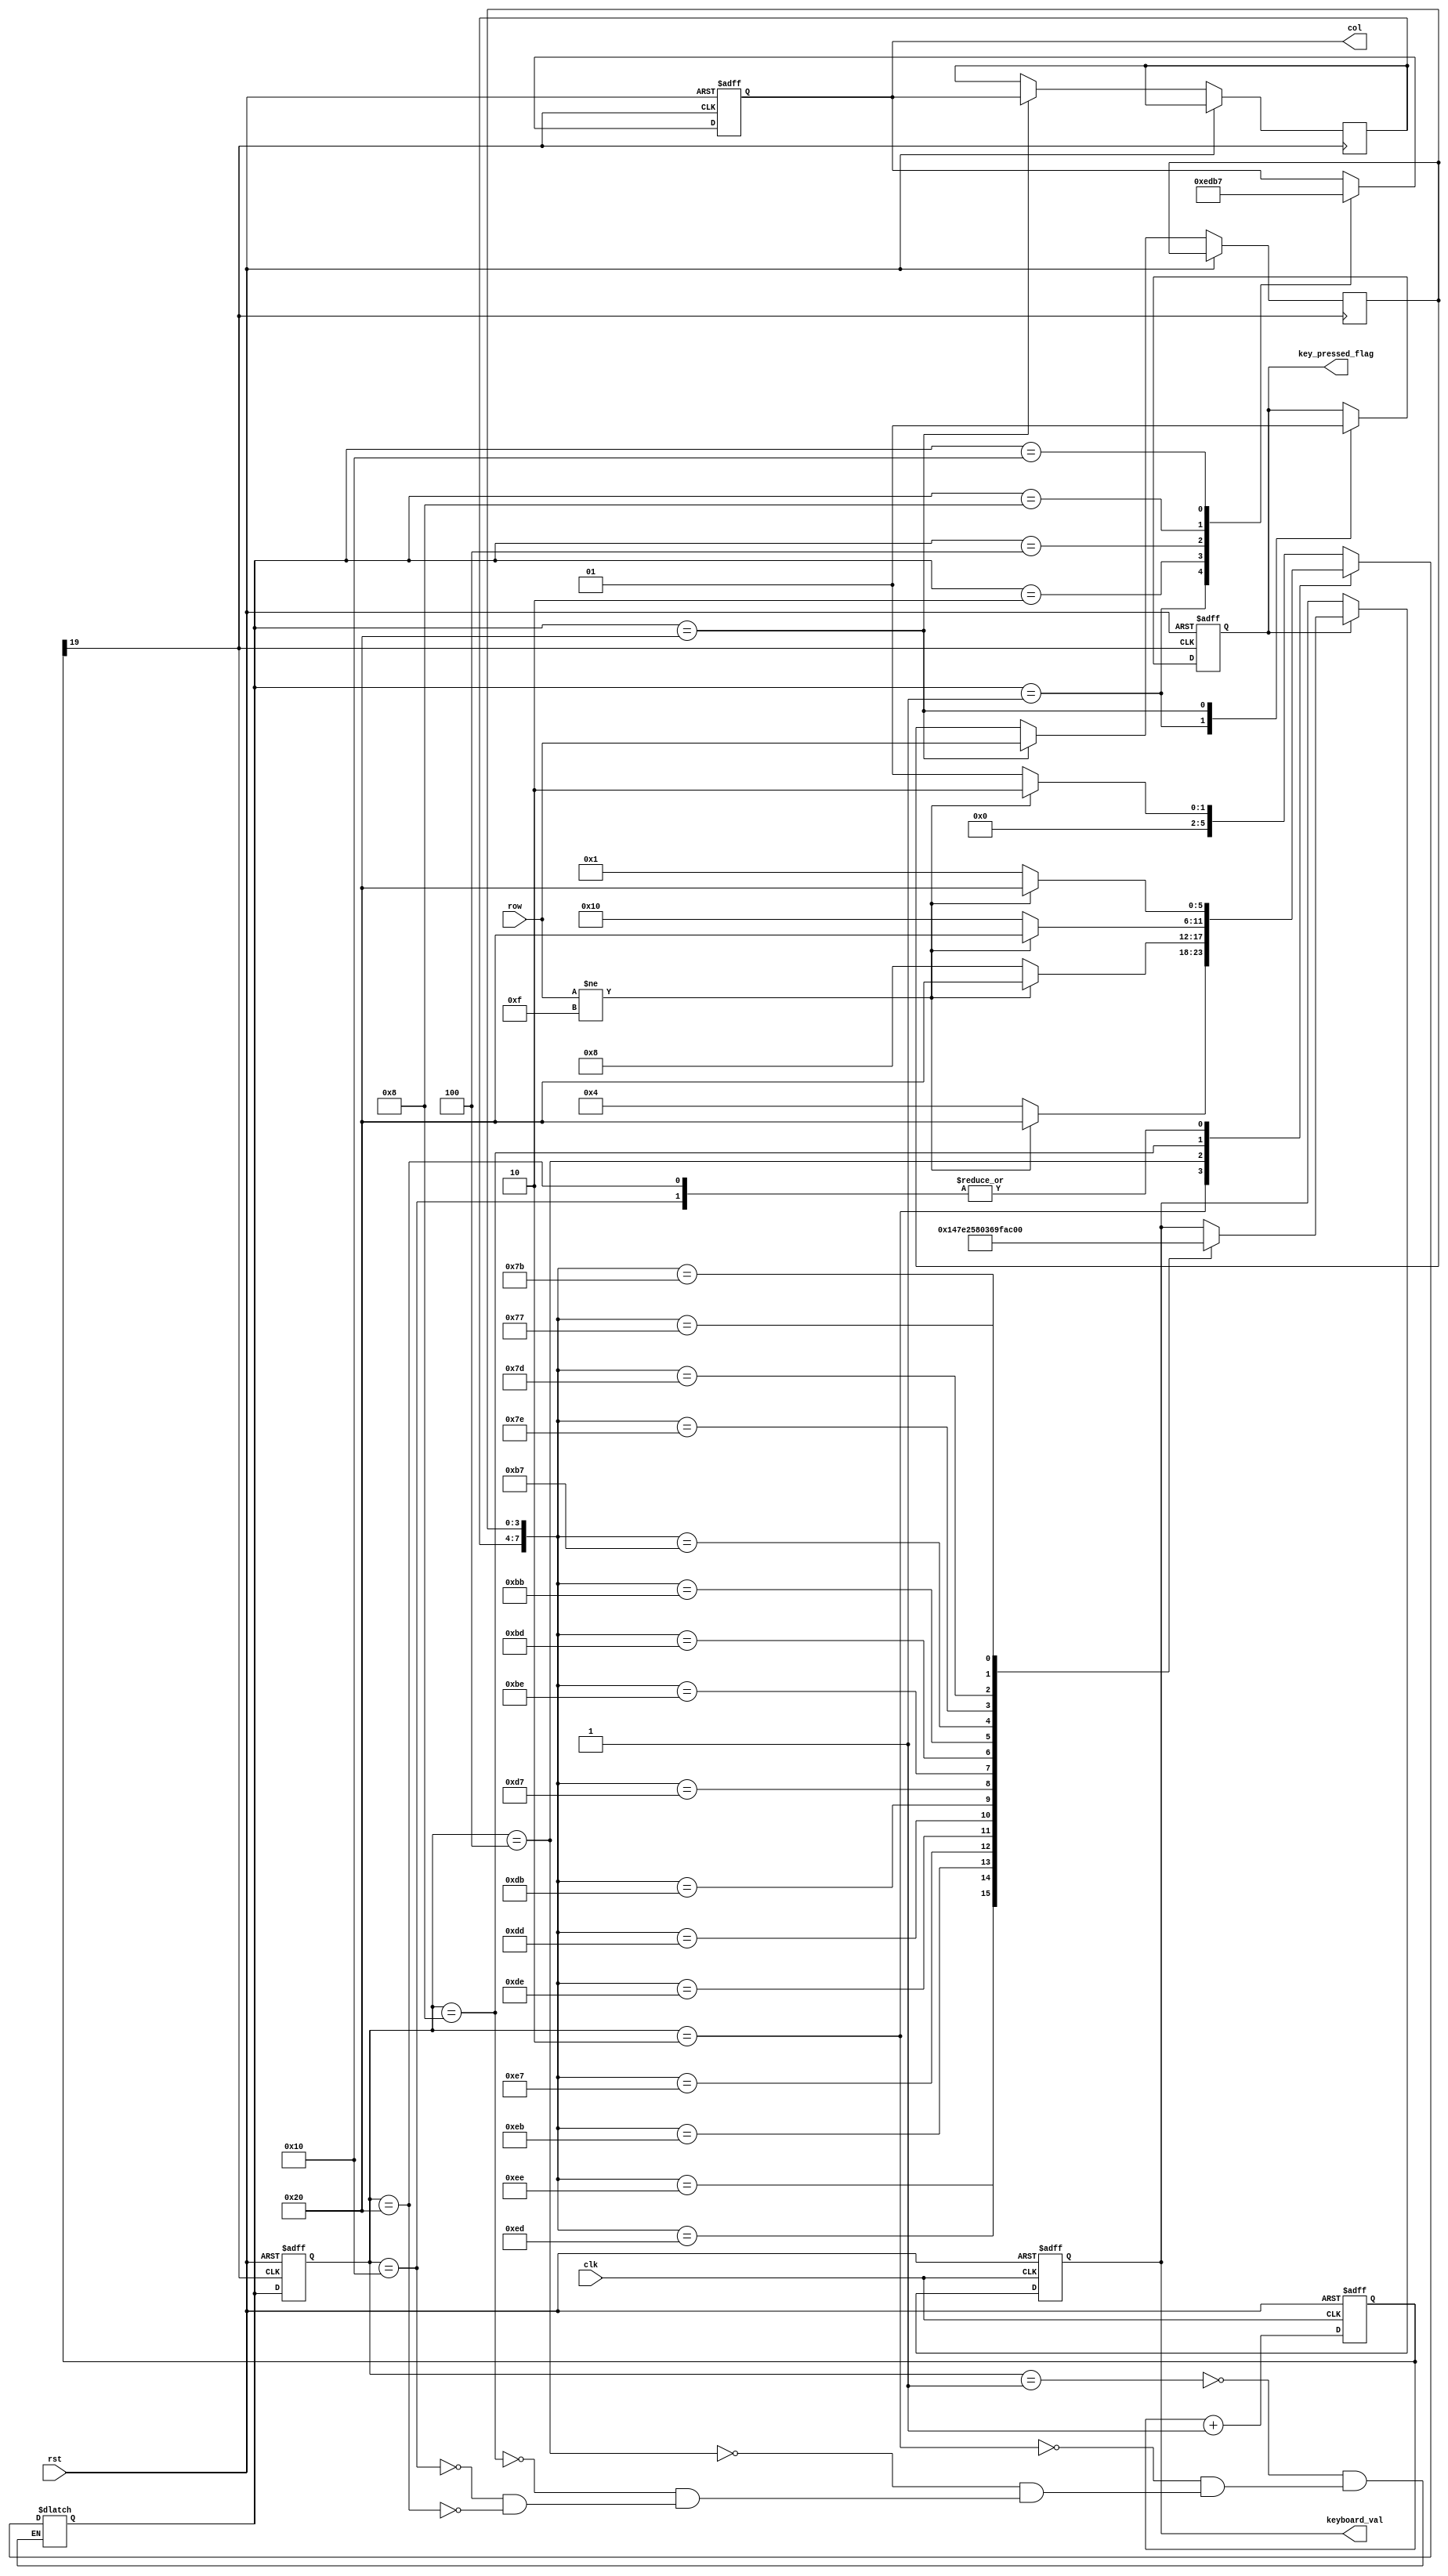
`timescale 1ns / 1ps
//////////////////////////////////////////////////////////////////////////////////
// Company: 
// Engineer: 
// 
// Design Name: 
// Module Name: keyboard
// Project Name: 
// Target Devices: 
// Tool Versions: 
// Description: 
// 
// Dependencies: 
// 
// Revision:
// Revision 0.01 - File Created
// Additional Comments:
// 
//////////////////////////////////////////////////////////////////////////////////

`timescale 1ns / 1ps

module key_board(
    input clk, rst,
    input [3:0] row,                     //  
    output reg [3:0] col,                //  
    output reg [3:0] keyboard_val,       // 
    output reg key_pressed_flag          // 
    );
 
    reg [19:0] cnt;                        
    wire key_clk;

    always @ (posedge clk or posedge rst)
    if (rst)
        cnt <= 0;
    else
        cnt <= cnt + 1'b1;
        
    assign key_clk = cnt[19];                // (2^20/50M = 21)ms 
    //--------------------------------------
    //  
    //--------------------------------------

    //++++++++++++++++++++++++++++++++++++++
    //  
    //++++++++++++++++++++++++++++++++++++++
    // 
    parameter NO_KEY_PRESSED = 6'b000_001;  //   
    parameter SCAN_COL0      = 6'b000_010;  // 0 
    parameter SCAN_COL1      = 6'b000_100;  // 1 
    parameter SCAN_COL2      = 6'b001_000;  // 2 
    parameter SCAN_COL3      = 6'b010_000;  // 3 
    parameter KEY_PRESSED    = 6'b100_000;  // 

    reg [5:0] current_state, next_state;    // 

    always @ (posedge key_clk or posedge rst)
    if (rst)
        current_state <= NO_KEY_PRESSED;
    else
        current_state <= next_state;

    // 
    always @ (*)
    case (current_state)
        NO_KEY_PRESSED :                    // 
            if (row != 4'hF)
            next_state = SCAN_COL0;
            else
            next_state = NO_KEY_PRESSED;
        SCAN_COL0 :                         // 0 
            if (row != 4'hF)
            next_state = KEY_PRESSED;
            else
            next_state = SCAN_COL1;
        SCAN_COL1 :                         // 1 
            if (row != 4'hF)
            next_state = KEY_PRESSED;
            else
            next_state = SCAN_COL2;    
        SCAN_COL2 :                         // 2
            if (row != 4'hF)
            next_state = KEY_PRESSED;
            else
            next_state = SCAN_COL3;
        SCAN_COL3 :                         // 3
            if (row != 4'hF)
            next_state = KEY_PRESSED;
            else
            next_state = NO_KEY_PRESSED;
        KEY_PRESSED :                       // 
            if (row != 4'hF)
            next_state = KEY_PRESSED;
            else
            next_state = NO_KEY_PRESSED;                      
    endcase

    reg [3:0] col_val, row_val;             // 

    // 
    always @ (posedge key_clk or posedge rst)
    if (rst)
    begin
        col              <= 4'h0;
        key_pressed_flag <=    0;
    end
    else
        case (next_state)
        NO_KEY_PRESSED :                  // 
        begin
            col              <= 4'h0;
            key_pressed_flag <=    0;       // 
        end
        SCAN_COL0 :                       // 0
            col <= 4'b1110;
        SCAN_COL1 :                       // 1
            col <= 4'b1101;
        SCAN_COL2 :                       // 2
            col <= 4'b1011;
        SCAN_COL3 :                       // 3
            col <= 4'b0111;
        KEY_PRESSED :                     // 
        begin
            col_val          <= col;        // 
            row_val          <= row;        // 
            key_pressed_flag <= 1;          //   
        end
        endcase
    //--------------------------------------
    //  
    //--------------------------------------


    //++++++++++++++++++++++++++++++++++++++
    //  
    //++++++++++++++++++++++++++++++++++++++
    always @ (posedge clk or posedge rst)
    if (rst)
        keyboard_val <= 4'h0;
    else
        if (key_pressed_flag)
        case ({col_val, row_val})
            8'b1110_1110 : keyboard_val <= 4'h1;
            8'b1110_1101 : keyboard_val <= 4'h4;
            8'b1110_1011 : keyboard_val <= 4'h7;
            8'b1110_0111 : keyboard_val <= 4'hE;
            
            8'b1101_1110 : keyboard_val <= 4'h2;
            8'b1101_1101 : keyboard_val <= 4'h5;
            8'b1101_1011 : keyboard_val <= 4'h8;
            8'b1101_0111 : keyboard_val <= 4'h0;
            
            8'b1011_1110 : keyboard_val <= 4'h3;
            8'b1011_1101 : keyboard_val <= 4'h6;
            8'b1011_1011 : keyboard_val <= 4'h9;
            8'b1011_0111 : keyboard_val <= 4'hF;
            
            8'b0111_1110 : keyboard_val <= 4'hA; 
            8'b0111_1101 : keyboard_val <= 4'hB;
            8'b0111_1011 : keyboard_val <= 4'hC;
            8'b0111_0111 : keyboard_val <= 4'hD;        
        endcase

endmodule